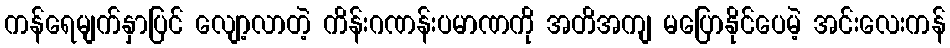
ကန်ရေမျက်နှာပြင် လျော့လာတဲ့ ကိန်းဂဏန်းပမာဏကို အတိအကျ မပြောနိုင်ပေမဲ့ အင်းလေးကန်